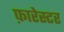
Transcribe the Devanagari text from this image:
फ़ारेस्टर